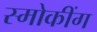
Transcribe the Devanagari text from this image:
स्मोकींग